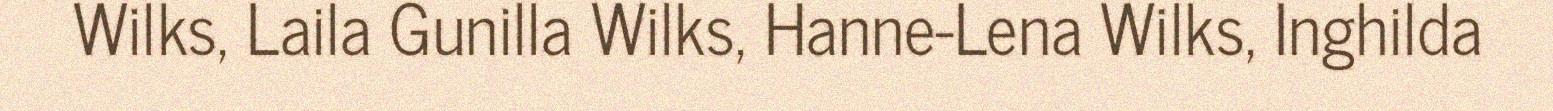
Wilks, Laila Gunilla Wilks, Hanne-Lena Wilks, Inghilda